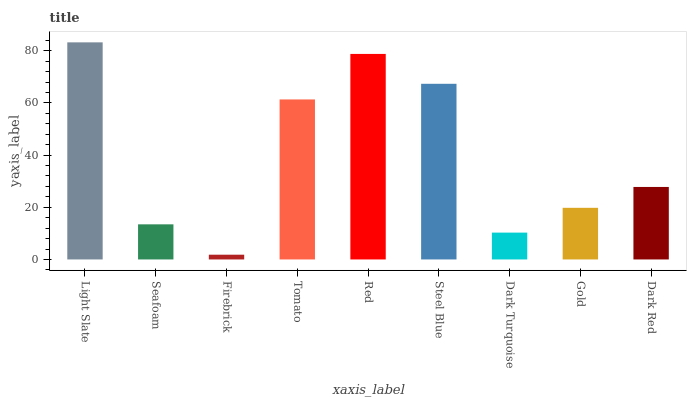
| xaxis_label | bars |
 | --- | --- |
 | Light Slate | 83.2 |
 | Seafoam | 13.5 |
 | Firebrick | 1.82 |
 | Tomato | 61.3 |
 | Red | 78.8 |
 | Steel Blue | 67.3 |
 | Dark Turquoise | 10.3 |
 | Gold | 19.8 |
 | Dark Red | 27.8 |